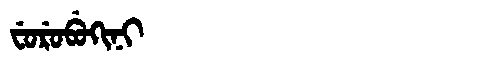
Manchu: ᠸᡠᡵᡠᠪᡠᡴᡳᠨᡳ
Romanization: FURUBUKINI